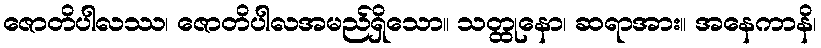
ဇောတိပါလဿ၊ ဇောတိပါလအမည်ရှိသော။ သတ္ထုနော၊ ဆရာအား။ အနေကာနိ၊